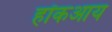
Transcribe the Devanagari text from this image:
हॉकआय